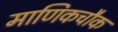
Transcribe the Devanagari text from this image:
माणिकचौक